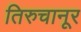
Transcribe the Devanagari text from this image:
तिरुचानूर